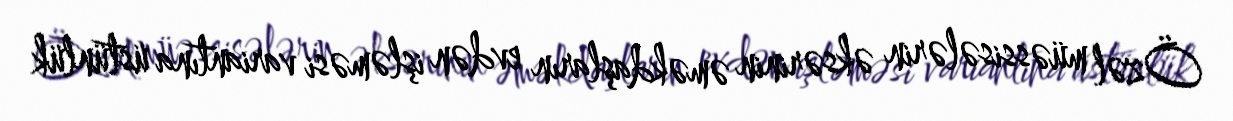
Özəl müəssisələrin əksərinin əməkdaşların evdən işləməsi variantına üstünlük